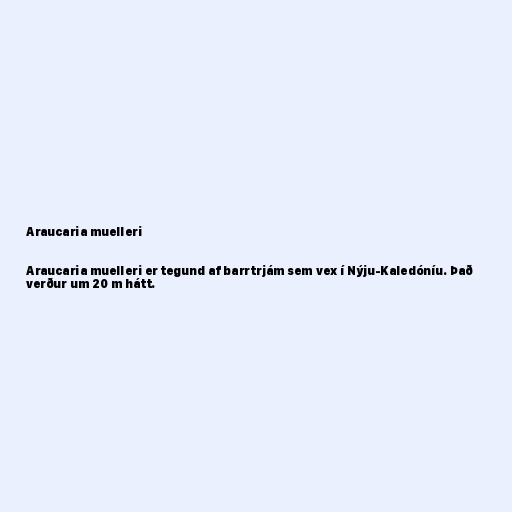
Araucaria muelleri

Araucaria muelleri er tegund af barrtrjám sem vex í Nýju-Kaledóníu. Það
verður um 20 m hátt.